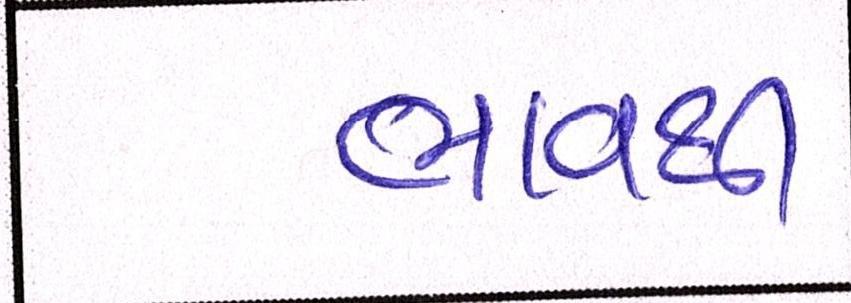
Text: ભાવથી